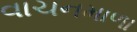
વાચનમાળા